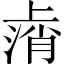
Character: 𫠸